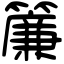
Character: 簾